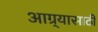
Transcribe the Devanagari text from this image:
आग्र्यासाठी